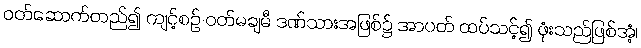
ဝတ်ဆောက်တည်၍ ကျင့်စဉ် ဝတ်မချမီ ဒဏ်သားအဖြစ်၌ အာပတ် ထပ်သင့်၍ ဖုံးသည်ဖြစ်အံ့၊